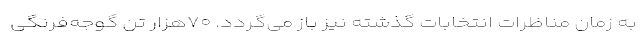
به زمان مناظرات انتخابات گذشته نیز باز می‌گردد. ۷۰هزار تن گوجه‌فرنگی